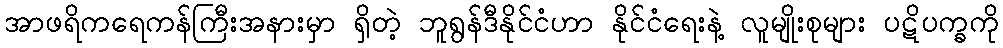
အာဖရိကရေကန်ကြီးအနားမှာ ရှိတဲ့ ဘူရွန်ဒီနိုင်ငံဟာ နိုင်ငံရေးနဲ့ လူမျိုးစုများ ပဋိပက္ခကို